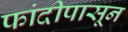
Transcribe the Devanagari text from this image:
फांदीपासून